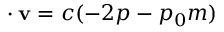
\mathbf { \nabla \cdot v } = c ( - 2 p - p _ { 0 } m )